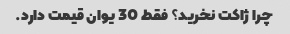
چرا ژاکت نخرید؟ فقط 30 یوان قیمت دارد.